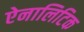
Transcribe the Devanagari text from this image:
ऐनालिटिक